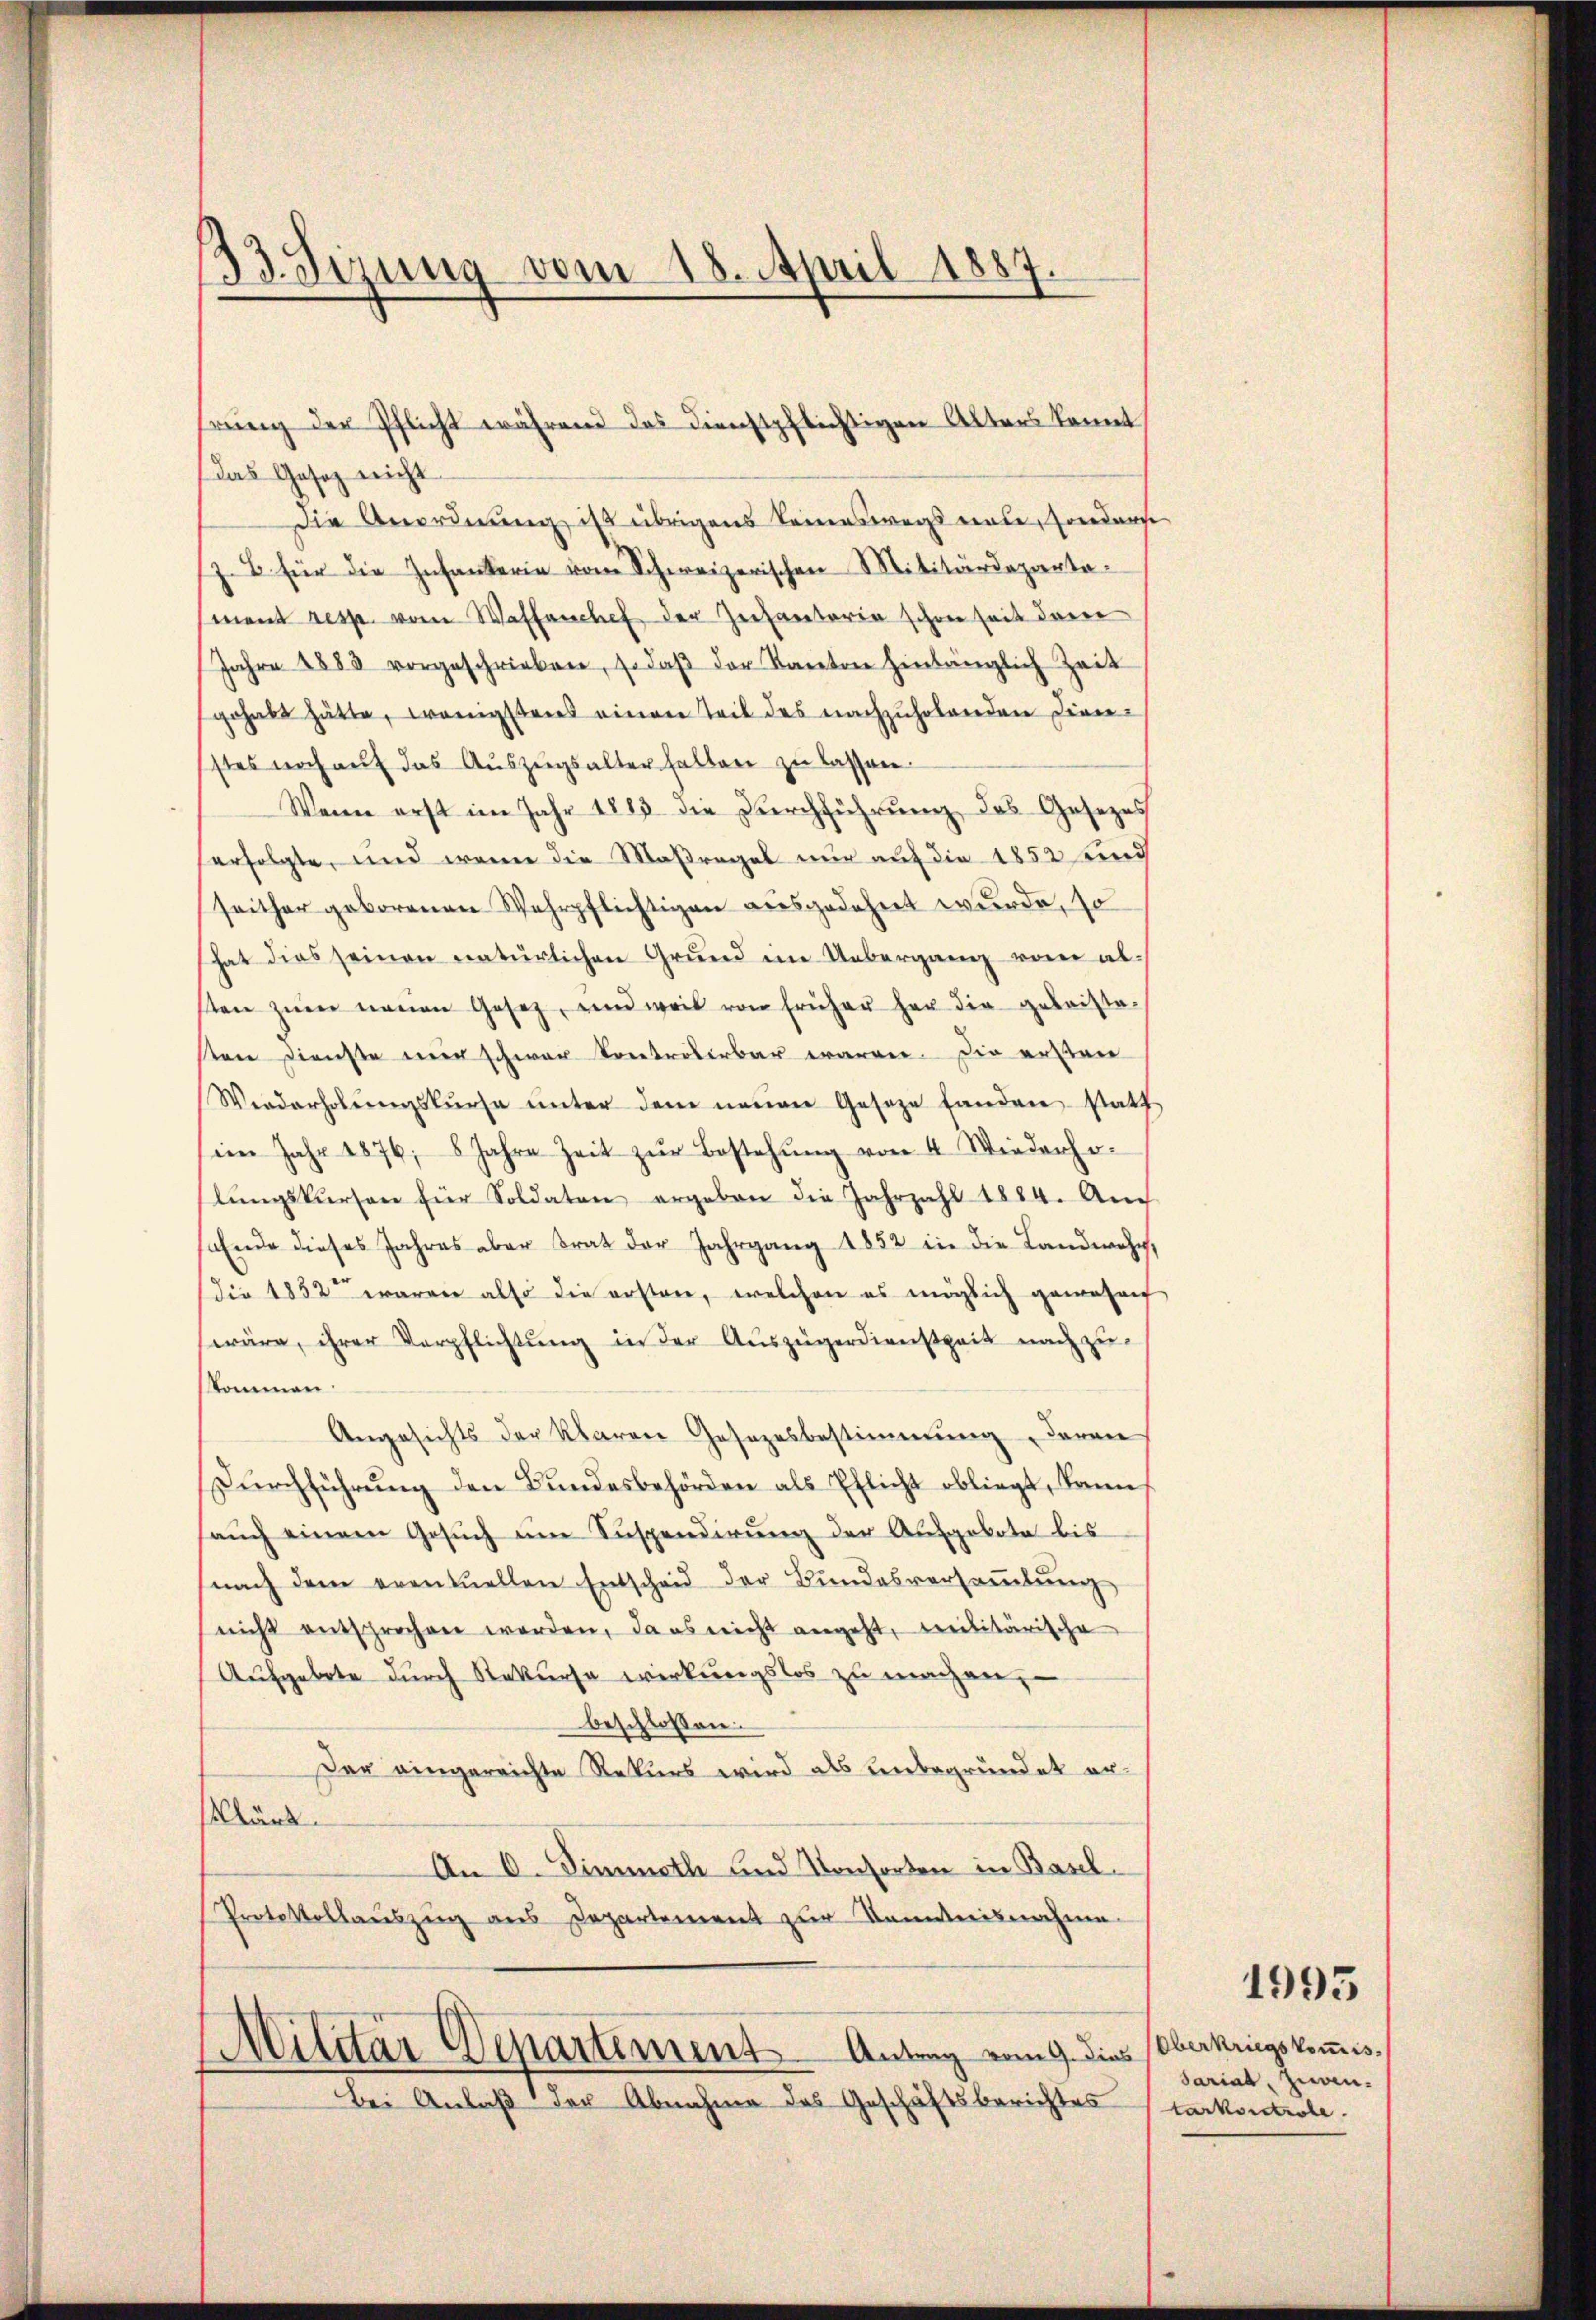
33. Sizung vom 18. April 1887.

Das Gesetz nicht
die Anordnung ist übrigens keineswegs einte, sonderse
(z. B. für die Infanterin vom Schweizerischen Militärdeparta-
mont resp. vom Waffenchef der Zechantaria schon seit dem
Jahre 1883 vorgeschrieben, so daβ der Kanton hinlänglich Zeit
gehabt hätte, wenigstens einen Teil des nachzuholenden Dienstes noch aŭf das Aŭszŭgsalter halben zu lassen.
Wenn erst im Jahr 1883 die Durchführung des Gesezes
erfolgte, und wenn die Maßregel nur auf die 1852 find
seither geborenen Wehrpflichtigen ausgedehnt wurde, so
hat dies seinen natürlichen Grund im Uebergang von absten zŭm neuen Gesetz, und weil von früher her die geleistasten Dienste mir schwer Controlerbar warmer. Die ersten
Werderholŭngskurse ŭnter dem neuen Gesetze fanden statt
im Jahr 1876, 8 Jahre Zeit zŭr Bestehŭng von 4 Wiederho-
lŭngskursen für Soldaten ergeben die Jahrzahl 1884. Au
Ende dieses Jahres aber Trat der Jahrgang 1852 in die Landwehr,
(die 1832 waren also die ersten, welchen es möglich geweseng
wäre, ihrer Verpflichtung in der Auszügerdienstzeit nachzukommen.
Angesichts der klaren Gesezesbestimmung daran
Dŭrchführung den Bundesbehörden als Pflicht obliegt, kann
aŭch einem Gesŭch ŭm Suspendierŭng der Aufgebote bis
nach dem eventuellen Entscheid der Bundesversaṁlŭng
nicht entsprochen worden, da es nicht angeht, militärische
Aufgebote durch Rekurse wirkungslos zu machen,
beschlossen:
Der eingereichte Rekurs wird als unbegründet erlärt.
An C. Simmeth und Konsorten in Basel¬
Protokollauszug aus Departement zur Kenntnisnahme.
Militär Departement. Antrag vom 9. dies
Bei Anlaβ der Abnahme des Geschäftsberichtes

hrŭng der Pflicht während das dienstpflichtigen Alters konnt

Oberkriegskommis
sariat, zuwentarkontrole.

1993